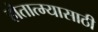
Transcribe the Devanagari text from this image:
हौतात्म्यासाठी